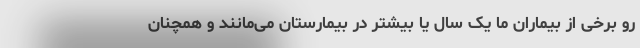
رو برخی از بیماران ما یک سال یا بیشتر در بیمارستان می‌مانند و همچنان